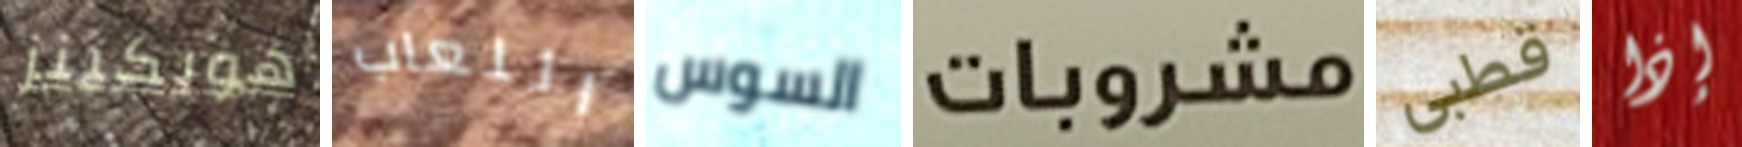
هوبكينز اللعاب السوس مشروبات قطبي إذا